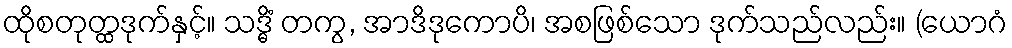
ထိုစတုတ္ထဒုက်နှင့်။ သဒ္ဓိံ တကွ, အာဒိဒုကောပိ၊ အစဖြစ်သော ဒုက်သည်လည်း။ (ယောဂံ